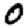
Digit: 0